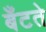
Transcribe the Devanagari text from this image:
बँटते